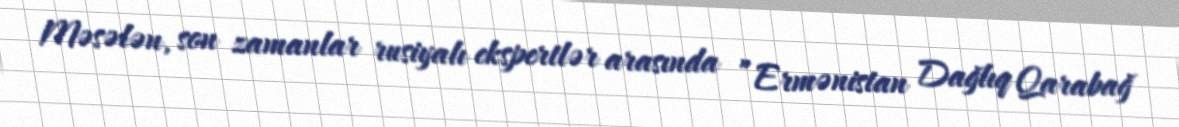
Məsələn, son zamanlar rusiyalı ekspertlər arasında ”Ermənistan Dağlıq Qarabağ